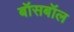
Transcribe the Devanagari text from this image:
बॉसबॉल